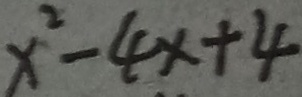
x ^ { 2 } - 4 x + 4